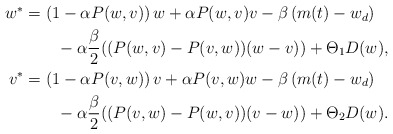
\begin{align*}\begin{aligned}w^*&=\left(1-\alpha P(w,v)\right)w+\alpha P(w,v)v-\beta\left(m(t)-w_d\right)\\&\qquad-\alpha\frac{\beta}{2}((P(w,v)-P(v,w))(w-v))+\Theta_1 D(w),\\v^*&=\left(1-\alpha P(v,w)\right)v+\alpha P(v,w)w-\beta\left(m(t)-w_d\right)\\&\qquad-\alpha\frac{\beta}{2}((P(v,w)-P(w,v))(v-w))+\Theta_2 D(w).\\\end{aligned}\end{align*}